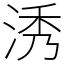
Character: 𣵛